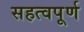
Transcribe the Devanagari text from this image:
सहत्वपूर्ण